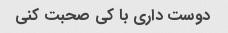
دوست داری با کی صحبت کنی